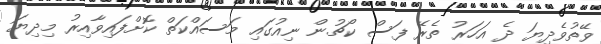
ވޭތުވެދިޔަ ދެ އަހަރު ތެރޭ ފަސް ކޯޗުން ނިއުގައި މަސައްކަތް ކޮށްފައިވާއިރު މިދިޔަ